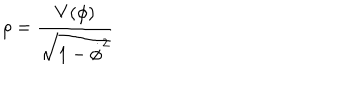
LaTeX: \rho = { \frac { V ( \phi ) } { \sqrt { 1 - \dot { \phi } ^ { 2 } } } }